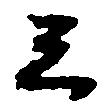
云